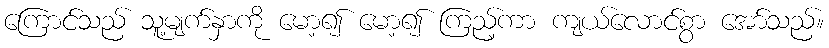
ကြောင်သည် သူ့မျက်နှာကို မော့၍ မော့၍ ကြည့်ကာ ကျယ်လောင်စွာ အော်သည်။